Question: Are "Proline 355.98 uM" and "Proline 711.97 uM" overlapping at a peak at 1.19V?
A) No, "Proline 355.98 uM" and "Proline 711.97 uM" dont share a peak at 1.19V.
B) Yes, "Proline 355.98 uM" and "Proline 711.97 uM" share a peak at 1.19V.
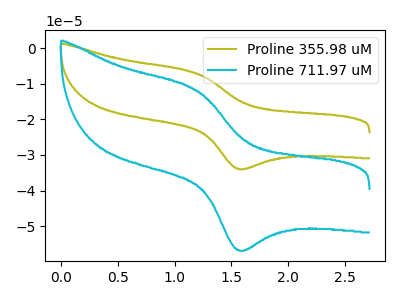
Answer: <think>The olive curve "Proline 355.98 uM" has an anodic peak at (1.20V, -7.10uA) and a cathodic peak at (1.55V, -33.90uA). The cyan curve "Proline 711.97 uM" has an anodic peak at (1.20V, -11.85uA) and a cathodic peak at (1.55V, -56.65uA).</think>
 <answer>B) Yes, "Proline 355.98 uM" and "Proline 711.97 uM" share a peak at 1.19V.</answer>
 <eval>B</eval>